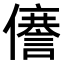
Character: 𠐜